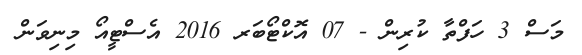
މަސް 3 ހަފްތާ ކުރިން - 07 އޮކްޓޯބަރ 2016 އެސްޓީއޯ މިނިވަން